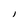
Character: I